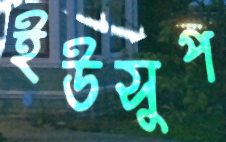
ইউসুপ